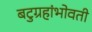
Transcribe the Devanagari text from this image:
बटुग्रहांभोवती